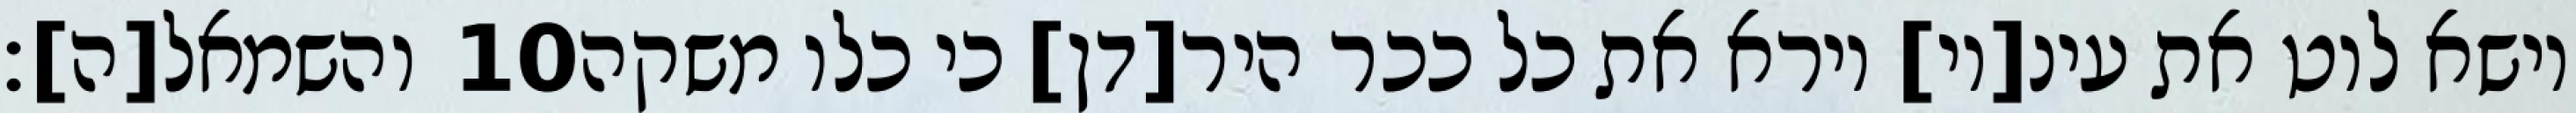
והשמאל[ה]׃ ‎10‏ וישא לוט את עינ[יו] וירא את כל ככר היר[דן] כי כלו משקה